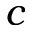
c